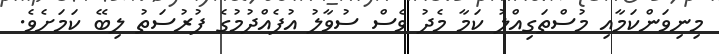
މިނިވަންކަމާއި މުސްތަގިއްލު ކަމާ މެދު ވެސް ސުވާލު އުފެއްދުމުގެ ފުރުސަތު ލިބޭ ކަމަށެވެ.